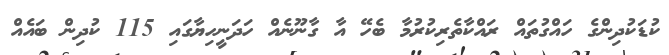
ކުޑަކުދިންގެ ހައްގުތައް ރައްކާތެރިކުރުމާ ބެހޭ އާ ގާނޫނެއް ހަދަނީހިޔާގައި 115 ކުދިން ބައެއް